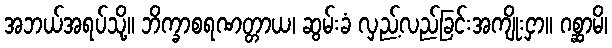
အဘယ်အရပ်သို့။ ဘိက္ခာစရဏတ္တာယ၊ ဆွမ်းခံ လှည့်လည်ခြင်းအကျိုးငှာ။ ဂစ္ဆာမိ၊